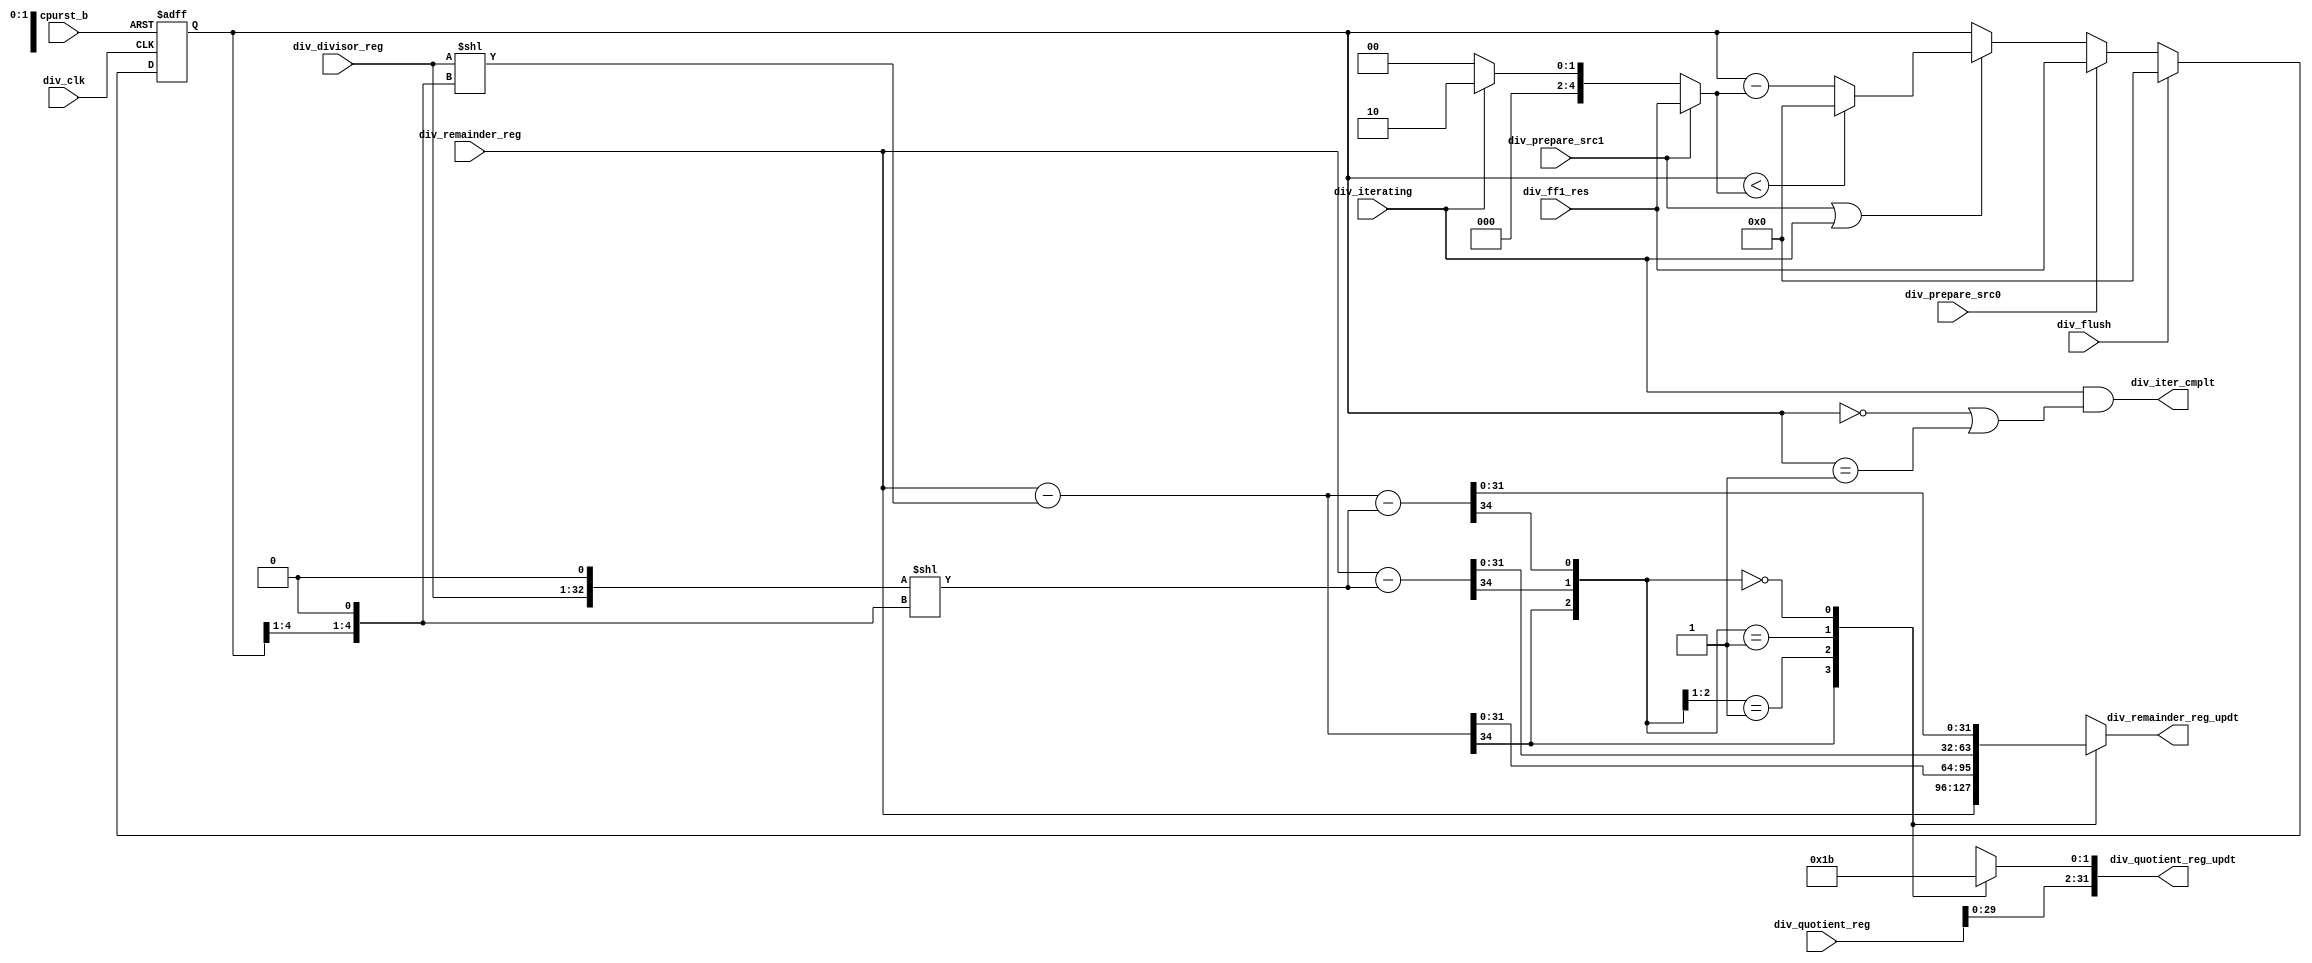
/*Copyright 2020-2021 T-Head Semiconductor Co., Ltd.

Licensed under the Apache License, Version 2.0 (the "License");
you may not use this file except in compliance with the License.
You may obtain a copy of the License at

    http://www.apache.org/licenses/LICENSE-2.0

Unless required by applicable law or agreed to in writing, software
distributed under the License is distributed on an "AS IS" BASIS,
WITHOUT WARRANTIES OR CONDITIONS OF ANY KIND, either express or implied.
See the License for the specific language governing permissions and
limitations under the License.
*/

// &ModuleBeg; @23
module pa_iu_div_shift2_kernel(
  cpurst_b,
  div_clk,
  div_divisor_reg,
  div_ff1_res,
  div_flush,
  div_iter_cmplt,
  div_iterating,
  div_prepare_src0,
  div_prepare_src1,
  div_quotient_reg,
  div_quotient_reg_updt,
  div_remainder_reg,
  div_remainder_reg_updt
);

// &Ports; @24
input           cpurst_b;                   
input           div_clk;                    
input   [31:0]  div_divisor_reg;            
input   [4 :0]  div_ff1_res;                
input           div_flush;                  
input           div_iterating;              
input           div_prepare_src0;           
input           div_prepare_src1;           
input   [31:0]  div_quotient_reg;           
input   [31:0]  div_remainder_reg;          
output          div_iter_cmplt;             
output  [31:0]  div_quotient_reg_updt;      
output  [31:0]  div_remainder_reg_updt;     

// &Regs; @25
reg     [4 :0]  div_iter_count;             
reg     [31:0]  div_remainder_reg_updt;     
reg     [1 :0]  div_shift_in;               

// &Wires; @26
wire            cpurst_b;                   
wire            div_clk;                    
wire    [33:0]  div_divisor_01;             
wire    [33:0]  div_divisor_10;             
wire    [31:0]  div_divisor_reg;            
wire    [4 :0]  div_ff1_res;                
wire            div_flush;                  
wire            div_iter_cmplt;             
wire    [4 :0]  div_iter_count_updt;        
wire            div_iter_count_updt_0;      
wire    [4 :0]  div_iter_sub;               
wire            div_iterating;              
wire            div_prepare_src0;           
wire            div_prepare_src1;           
wire    [31:0]  div_quotient_reg;           
wire    [31:0]  div_quotient_reg_updt;      
wire            div_remainder_lt_divisor_01; 
wire            div_remainder_lt_divisor_10; 
wire            div_remainder_lt_divisor_11; 
wire    [31:0]  div_remainder_reg;          
wire            div_suber_c1_01;            
wire            div_suber_c1_10;            
wire            div_suber_c1_11;            
wire    [33:0]  div_suber_res1_01;          
wire    [33:0]  div_suber_res1_10;          
wire    [33:0]  div_suber_res1_11;          


//==========================================================
//                    2bit Shift Kernel
//==========================================================
// This is shift kernel of divider.
// Each iter product 2-bit result.

// &Force("bus", "div_quotient_reg", 31, 0); @34
//----------------------------------------------------------
//                    Iteration Counter
//----------------------------------------------------------
// Calculate iterations @ WFI2, Decrease iterations @ ITER.
assign div_iter_sub[4:0]          = div_prepare_src1 ? div_ff1_res[4:0]
                                                     : div_iterating ? 5'b10
                                                                     : 5'b0;

assign div_iter_count_updt_0 = div_iter_count[4:0] < div_iter_sub[4:0];
assign div_iter_count_updt[4:0] = div_iter_count_updt_0 ? 5'b0
                                                        : div_iter_count[4:0] - div_iter_sub[4:0];

always @ (posedge div_clk or negedge cpurst_b)
begin
  if (!cpurst_b)
    div_iter_count[4:0] <= 5'b0;
  else if (div_flush)
    div_iter_count[4:0] <= 5'b0;
  else if (div_prepare_src0)
    div_iter_count[4:0] <= div_ff1_res[4:0];
  else if (div_prepare_src1 || div_iterating)
    div_iter_count[4:0] <= div_iter_count_updt[4:0];
end

assign div_iter_cmplt     = div_iterating && (div_iter_count[4:0] == 5'b0
                                           || div_iter_count[4:0] == 5'b1);
// &Force("output", "div_iter_cmplt"); @61

//----------------------------------------------------------
//                   Calcuate Interation
//----------------------------------------------------------
// Do iteration compare @ ITER.
// Using divisor x1, x2, x3 compare with remainder to get shift_in and new remainder.
assign div_divisor_01[33:0]                 = {2'b0, div_divisor_reg[31:0]} << {div_iter_count[4:1], 1'b0};
assign div_divisor_10[33:0]                 = {1'b0, div_divisor_reg[31:0], 1'b0} << {div_iter_count[4:1], 1'b0};
///assign div_divisor_11[33:0]                 = div_divisor_01[33:0] + div_divisor_10[33:0];

assign {div_suber_c1_01, div_suber_res1_01[33:0]} = {3'b0, div_remainder_reg[31:0]} - {1'b0, div_divisor_01[33:0]};
assign {div_suber_c1_10, div_suber_res1_10[33:0]} = {3'b0, div_remainder_reg[31:0]} - {1'b0, div_divisor_10[33:0]};
assign {div_suber_c1_11, div_suber_res1_11[33:0]} = {3'b0, div_remainder_reg[31:0]} - {1'b0, div_divisor_01[33:0]} - {1'b0, div_divisor_10[33:0]};
assign div_remainder_lt_divisor_01          = div_suber_c1_01;
assign div_remainder_lt_divisor_10          = div_suber_c1_10;
assign div_remainder_lt_divisor_11          = div_suber_c1_11;

//----------------------------------------------------------
//                Generate Iteration Results
//----------------------------------------------------------
// &CombBeg; @82
always @( div_remainder_lt_divisor_01
       or div_remainder_lt_divisor_10
       or div_remainder_lt_divisor_11)
begin
  casez({div_remainder_lt_divisor_01, div_remainder_lt_divisor_10, div_remainder_lt_divisor_11})
    3'b1??:  div_shift_in[1:0] = 2'b00;
    3'b01?:  div_shift_in[1:0] = 2'b01;
    3'b001:  div_shift_in[1:0] = 2'b10;
    3'b000:  div_shift_in[1:0] = 2'b11;
    default: div_shift_in[1:0] = {2{1'bx}};
  endcase
// &CombEnd; @90
end

assign div_quotient_reg_updt[31:0]        = {div_quotient_reg[29:0], div_shift_in[1:0]};

// &CombBeg; @94
always @( div_remainder_reg[31:0]
       or div_suber_res1_10[31:0]
       or div_suber_res1_01[31:0]
       or div_remainder_lt_divisor_01
       or div_remainder_lt_divisor_10
       or div_suber_res1_11[31:0]
       or div_remainder_lt_divisor_11)
begin
  casez({div_remainder_lt_divisor_01, div_remainder_lt_divisor_10, div_remainder_lt_divisor_11})
    3'b1??:  div_remainder_reg_updt[31:0] = div_remainder_reg[31:0];
    3'b01?:  div_remainder_reg_updt[31:0] = div_suber_res1_01[31:0];
    3'b001:  div_remainder_reg_updt[31:0] = div_suber_res1_10[31:0];
    3'b000:  div_remainder_reg_updt[31:0] = div_suber_res1_11[31:0];
    default: div_remainder_reg_updt[31:0] = {32{1'bx}};
  endcase
// &CombEnd; @102
end

// &ModuleEnd; @104
endmodule